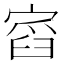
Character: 𡩹